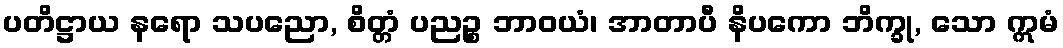
ပတိဋ္ဌာယ နရော သပညော, စိတ္တံ ပညဉ္စ ဘာဝယံ၊ အာတာပီ နိပကော ဘိက္ခု, သော ဣမံ